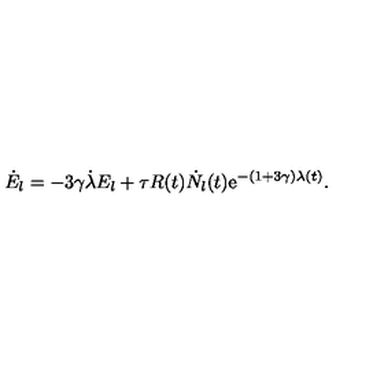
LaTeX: \dot { E } _ { l } = - 3 \gamma \dot { \lambda } E _ { l } + \tau R ( t ) \dot { N } _ { l } ( t ) \mathrm { e } ^ { - ( 1 + 3 \gamma ) \lambda ( t ) } .